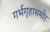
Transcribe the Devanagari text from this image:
गर्भगृहासमोर